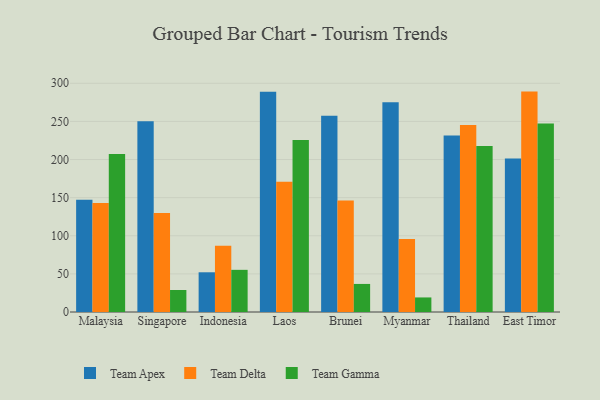
{"axis": {"x": "Country", "y": "Page Views"}, "legend": ["Team Apex", "Team Delta", "Team Gamma"], "data": [{"x": "Malaysia", "y": 147.4, "type": "Team Apex"}, {"x": "Malaysia", "y": 143.0, "type": "Team Delta"}, {"x": "Malaysia", "y": 207.3, "type": "Team Gamma"}, {"x": "Singapore", "y": 250.3, "type": "Team Apex"}, {"x": "Singapore", "y": 129.9, "type": "Team Delta"}, {"x": "Singapore", "y": 28.9, "type": "Team Gamma"}, {"x": "Indonesia", "y": 52.1, "type": "Team Apex"}, {"x": "Indonesia", "y": 86.9, "type": "Team Delta"}, {"x": "Indonesia", "y": 55.3, "type": "Team Gamma"}, {"x": "Laos", "y": 288.8, "type": "Team Apex"}, {"x": "Laos", "y": 171.0, "type": "Team Delta"}, {"x": "Laos", "y": 225.7, "type": "Team Gamma"}, {"x": "Brunei", "y": 257.3, "type": "Team Apex"}, {"x": "Brunei", "y": 146.4, "type": "Team Delta"}, {"x": "Brunei", "y": 36.8, "type": "Team Gamma"}, {"x": "Myanmar", "y": 275.1, "type": "Team Apex"}, {"x": "Myanmar", "y": 95.7, "type": "Team Delta"}, {"x": "Myanmar", "y": 19.1, "type": "Team Gamma"}, {"x": "Thailand", "y": 231.4, "type": "Team Apex"}, {"x": "Thailand", "y": 245.4, "type": "Team Delta"}, {"x": "Thailand", "y": 217.9, "type": "Team Gamma"}, {"x": "East Timor", "y": 201.5, "type": "Team Apex"}, {"x": "East Timor", "y": 289.1, "type": "Team Delta"}, {"x": "East Timor", "y": 247.4, "type": "Team Gamma"}]}